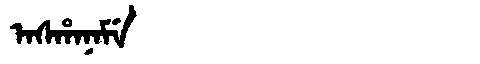
Manchu: ᠠᠰᡥᠠᠨᠠᠮᡝ
Romanization: ASHANAME